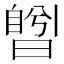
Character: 𣊅